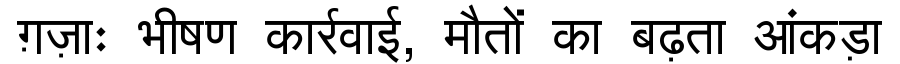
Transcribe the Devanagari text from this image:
ग़ज़ाः भीषण कार्रवाई, मौतों का बढ़ता आंकड़ा